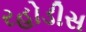
રહોડીસ